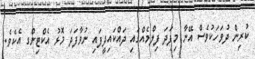
ކުރިން ދުވަހަކުވެސް އޭނާ މިފަދަ ފިލްމެއްގައި ދައްކައިދީފައި ނުވާފަދަ މޮޅު އެކްޓިންގ އެކެވެ.